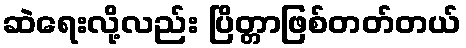
ဆဲရေးလို့လည်း ပြိတ္တာဖြစ်တတ်တယ်